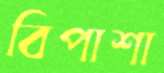
বিপাশা